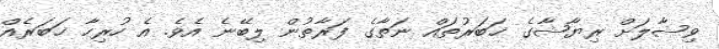
ވިޝާލަށް ރިޔާޝާގެ ޚަބަރުތައް ނަތާގެ ފަރާތުން ލިބޭނެ އެވެ. އެ ހުރިހާ ޚަބަރެއް